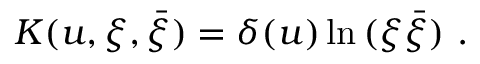
K ( u , \xi , \bar { \xi } ) = \delta ( u ) \ln \, ( \xi \bar { \xi } ) \ .